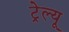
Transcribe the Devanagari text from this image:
ट्रेल्यू